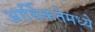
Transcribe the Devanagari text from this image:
आर्थिकतेमध्ये